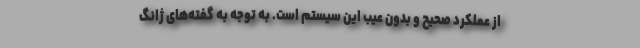
از عملکرد صحیح و بدون عیب این سیستم است. به توجه به گفته‌های ژانگ